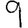
Digit: 9